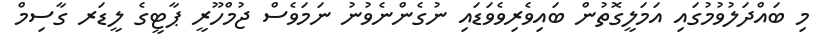
މި ބައްދަލުވުމުގައި އަމަލީގޮތުން ބައިވެރިވެވަޑައި ނުގެންނެވުނު ނަމަވެސް ޖުމްހޫރީ ޕާޓީގެ ލީޑަރ ގާސިމް